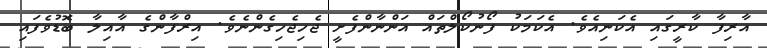
އާރިފާ ކާރީގައި އެކަނިއެވެ. އެކަމަކު ފޯނުކޯލްތައް އަންނާންފެށީ ޖެހިޖެހިގެންނެވެ. އިރްފާންގެ އާއިލާ ބޮޑުވެފައި